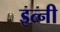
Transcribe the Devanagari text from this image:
इत्नी